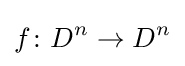
f\colon D^{n}\to D^{n}